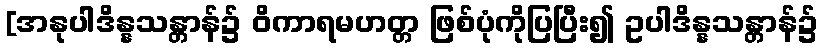
[အနုပါဒိန္နသန္တာန်၌ ဝိကာရမဟတ္တ ဖြစ်ပုံကိုပြပြီး၍ ဥပါဒိန္နသန္တာန်၌